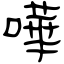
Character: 嘩